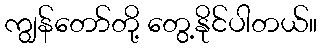
ကျွန်တော်တို့ တွေ့နိုင်ပါတယ်။